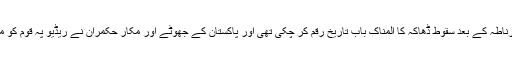
مسلمانوں کی پوری تاریخ میں سقوطِ غرناطہ کے بعد سقوطِ ڈھاکہ کا المناک باب تاریخ رقم کر چکی تھی اور پاکستان کے جھوٹے اور مکار حکمران نے ریڈیو پہ قوم کو مژدہ سنایا کہ “ر ہے پاکستان بچا لیا گیا۔